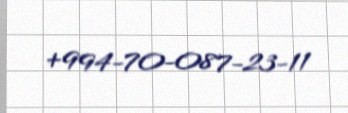
+994-70-087-23-11